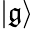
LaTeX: \left|\mathfrak{g}\right\rangle